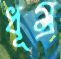
ধূম্র